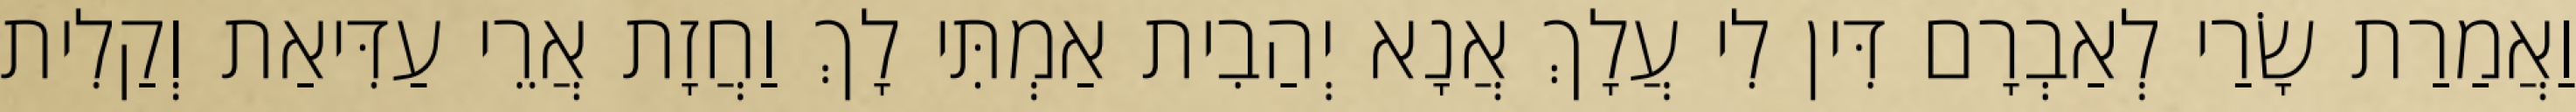
וַאֲמַרַת שָׂרַי לְאַבְרָם דִּין לִי עֲלָךְ אֲנָא יְהַבִית אַמְתִּי לָךְ וַחֲזָת אֲרֵי עַדִּיאַת וְקַלִית